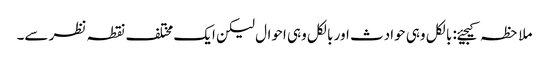
ملاحظہ کیجیئے: بالکل وہی حوادث اور بالکل وہی احوال لیکن ایک مختلف نقطہ نظر سے۔